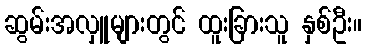
ဆွမ်းအလှူများတွင် ထူးခြားသူ နှစ်ဦး။